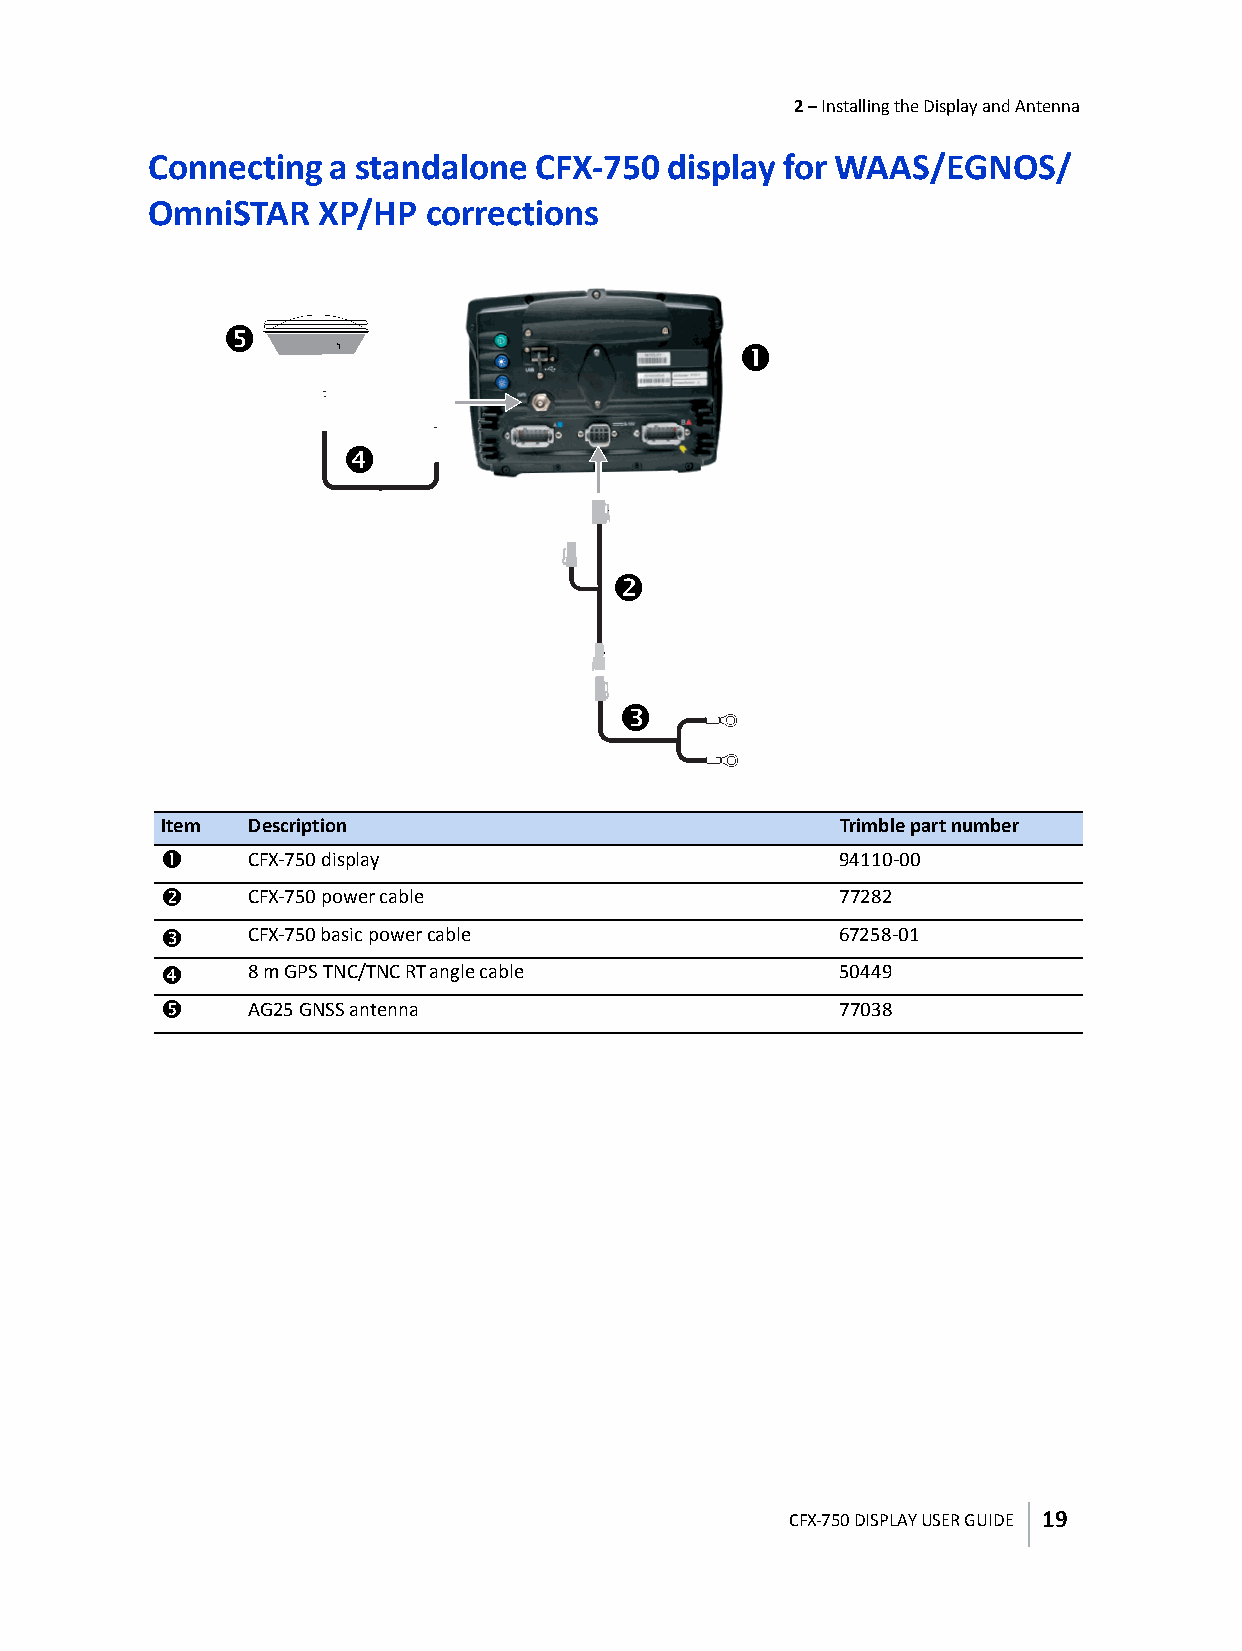
2 – Installing the Display and Antenna
 Connecting  a standalone  CFX-750 display for WAAS/EGNOS/
 OmniSTAR   XP/HP  corrections
 g
 c
 f
 d
 e
 Item  Description                            Trimble part number
 c     CFX-750 display                        94110-00
 d     CFX-750 power cable                    77282
 e     CFX-750 basic power cable              67258-01
 f     8 m GPS TNC/TNC RTangle cable          50449
 g     AG25 GNSS antenna                      77038
 CFX-750 DISPLAY USER GUIDE 19